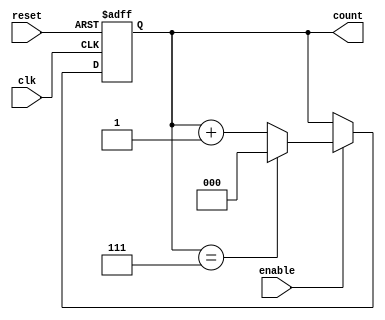
module binary_up_counter (
    input wire clk,     // Clock signal
    input wire reset,   // Asynchronous reset signal
    input wire enable,  // Enable signal for counting
    output reg [2:0] count // 3-bit binary output count
);

// Maximum count value for a 3-bit counter is 2^3 - 1 = 7
localparam MAX_COUNT = 3'b111; // 7 in decimal

// Always block for the sequential logic
always @(posedge clk or posedge reset) begin
    if (reset) begin
        // Asynchronous reset condition
        count <= 3'b000; // Initialize count to zero
    end else if (enable) begin
        // Counting condition
        if (count == MAX_COUNT) begin
            count <= 3'b000; // Wrap around to zero
        end else begin
            count <= count + 1'b1; // Increment the count
        end
    end
    // If enable is low, retain current count
end

endmodule